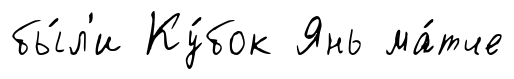
бы́л'и Ку́бок Янь ма́тче